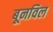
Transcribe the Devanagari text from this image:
बूनविल